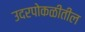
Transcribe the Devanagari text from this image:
उदरपोकळीतील